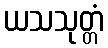
ယသသုတ္တံ